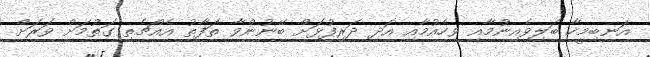
އަނބިމީހާ ބަލިވެއިނުމާއި ވިހެއުމާއި އަދި ދަރިފުޅަށް ބޭނުންވާ ތަފާތު އެއްޗެތި ގަތުމަށް ވަރަށް